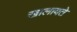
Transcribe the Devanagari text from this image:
खालावते